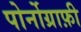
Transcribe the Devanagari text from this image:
पोर्नोग्राफ़ी